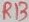
Text: R13